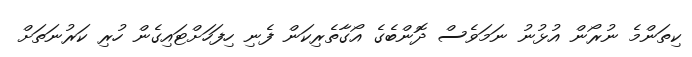
ކިތަންމެ ނުރޯން އުޅުނު ނަމަވެސް ދޮންބެގެ އޯގާތެރިކަން ފެނި ހިފަހަށްޓައިގެން ހުރި ކަރުނަތަށް